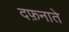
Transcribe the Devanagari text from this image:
दफ़नाते